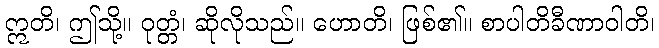
ဣတိ၊ ဤသို့။ ဝုတ္တံ၊ ဆိုလိုသည်။ ဟောတိ၊ ဖြစ်၏။ စာပါတိခီဏာဝါတိ၊